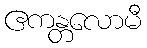
ဧကန္တလောမီ